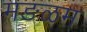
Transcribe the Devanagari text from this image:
मङळम